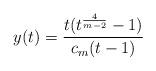
LaTeX: \begin{align*}y(t) = \frac{t(t^{\frac{4}{m-2}}-1)}{c_m(t-1)}\end{align*}